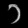
Digit: ၁